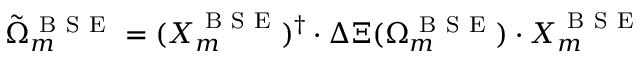
\Tilde { \Omega } _ { m } ^ { \mathrm { ~ B ~ S ~ E ~ } } = ( \boldsymbol { X } _ { m } ^ { \mathrm { ~ B ~ S ~ E ~ } } ) ^ { \dag } \cdot \Delta \boldsymbol { \Xi } ( \Omega _ { m } ^ { \mathrm { ~ B ~ S ~ E ~ } } ) \cdot \boldsymbol { X } _ { m } ^ { \mathrm { ~ B ~ S ~ E ~ } }